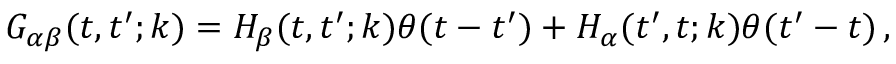
G _ { \alpha \beta } ( t , t ^ { \prime } ; k ) = H _ { \beta } ( t , t ^ { \prime } ; k ) \theta ( t - t ^ { \prime } ) + H _ { \alpha } ( t ^ { \prime } , t ; k ) \theta ( t ^ { \prime } - t ) \, ,